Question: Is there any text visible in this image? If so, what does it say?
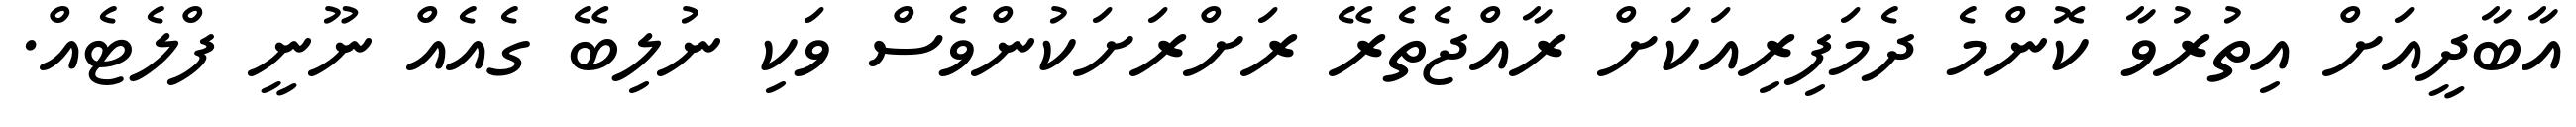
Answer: އާބާދީއަށް އިތުރުވާ ކޮންމެ ދެމަފިރިއަކަށް ރާއްޖެތެރޭ ރަށްރަށަކުންވެސް ވަކި ނުލިބޭ ގެއެއް ނޫނީ ފްލެޓެއް.